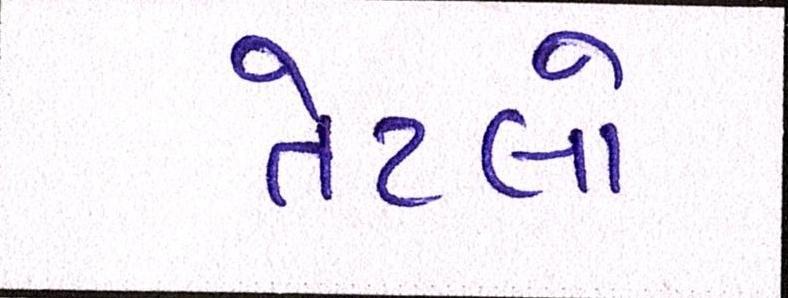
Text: તેટલો